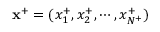
\mathbf { x } ^ { + } = ( x _ { 1 } ^ { + } , x _ { 2 } ^ { + } , \cdots , x _ { N ^ { + } } ^ { + } )